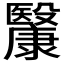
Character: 𣫥